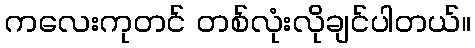
ကလေးကုတင် တစ်လုံးလိုချင်ပါတယ်။